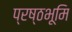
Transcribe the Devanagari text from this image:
प्रष्ठभूमि